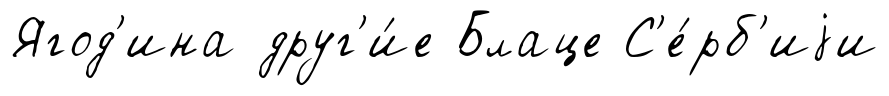
Ягод'ина друг'и́е Блаце С'е́рб'иjи